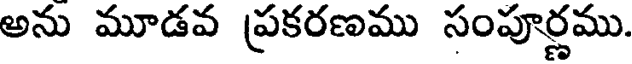
అను మూడవ ప్రకరణము సంపూర్ణము.